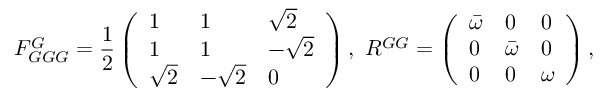
F _ { G G G } ^ { G } = \frac { 1 } { 2 } \left( \begin{array} { l l l } { 1 } & { 1 } & { \sqrt { 2 } } \\ { 1 } & { 1 } & { - \sqrt { 2 } } \\ { \sqrt { 2 } } & { - \sqrt { 2 } } & { 0 } \end{array} \right) , \, \, R ^ { G G } = \left( \begin{array} { l l l } { \bar { \omega } } & { 0 } & { 0 } \\ { 0 } & { \bar { \omega } } & { 0 } \\ { 0 } & { 0 } & { \omega } \end{array} \right) ,